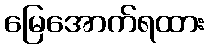
မြေအောက်ရထား